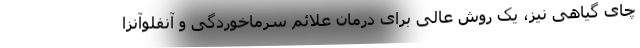
چای گیاهی نیز، یک روش عالی برای درمان علائم سرماخوردگی و آنفلوآنزا